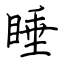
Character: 睡